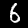
Digit: 6